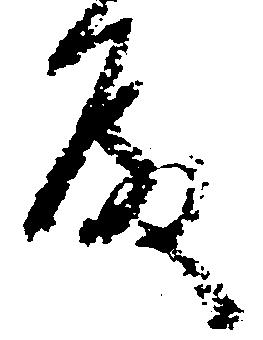
殿